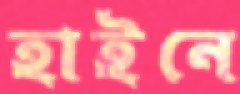
হাইনে